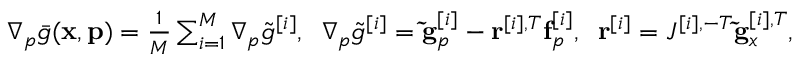
\begin{array} { r } { \nabla _ { p } \bar { g } ( \mathbf { x } , \mathbf { p } ) = \frac { 1 } { M } \sum _ { i = 1 } ^ { M } \nabla _ { p } \tilde { g } ^ { [ i ] } , \; \; \nabla _ { p } \tilde { g } ^ { [ i ] } = \mathbf { \tilde { g } } _ { p } ^ { [ i ] } - \mathbf { r } ^ { [ i ] , T } \mathbf { f } _ { p } ^ { [ i ] } , \; \; \mathbf { r } ^ { [ i ] } = J ^ { [ i ] , - T } \mathbf { \tilde { g } } _ { x } ^ { [ i ] , T } , } \end{array}